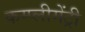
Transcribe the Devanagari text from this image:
कम्प्लीमेंट्री